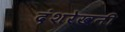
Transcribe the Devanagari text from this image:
दंशरेखनी